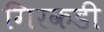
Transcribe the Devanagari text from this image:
गिरकडी